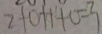
2 + 0 + 1 + 0 = 3